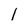
Character: 1